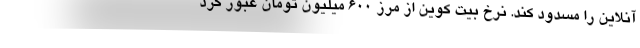
آنلاین را مسدود کند. نرخ بیت‌ کوین از مرز ۶۰۰ میلیون تومان عبور کرد